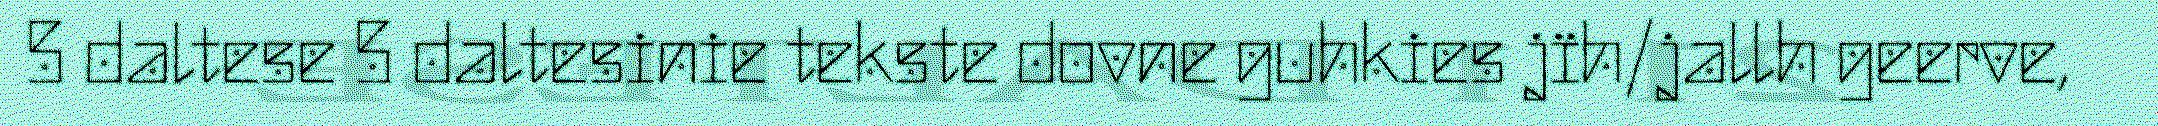
5 daltese 5 daltesinie tekste dovne guhkies jïh/jallh geerve,